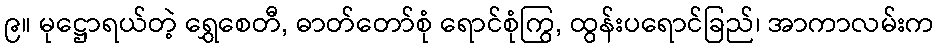
၉။ မုဋ္ဌောရယ်တဲ့ ရွှေစေတီ, ဓာတ်တော်စုံ ရောင်စုံကြွ, ထွန်းပရောင်ခြည်၊ အာကာလမ်းက